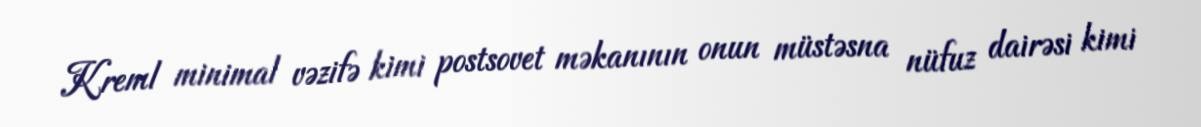
Kreml minimal vəzifə kimi postsovet məkanının onun müstəsna nüfuz dairəsi kimi